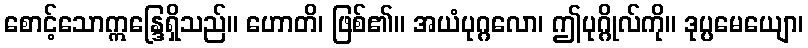
စောင့်သောဣန္ဒြေရှိသည်။ ဟောတိ၊ ဖြစ်၏။ အယံပုဂ္ဂလော၊ ဤပုဂ္ဂိုလ်ကို။ ဒုပ္ပမေယျော၊